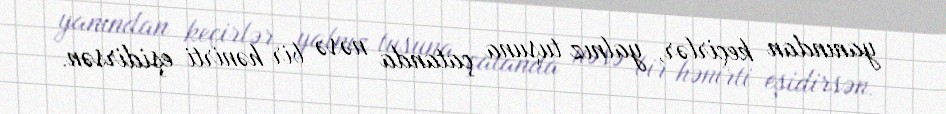
yanından keçirlər, yalnız tuşuna çatanda nəsə bir hənirti eşidirsən.